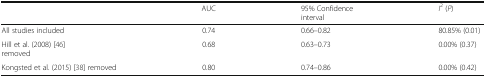
<table><thead><tr><td></td><td><b>AUC</b></td><td><b>95% Confidence interval</b></td><td><b><i>I</i><sup>2</sup> (<i>P</i>)</b></td></tr></thead><tbody><tr><td>All studies included</td><td>0.74</td><td>0.66–0.82</td><td>80.85% (0.01)</td></tr><tr><td>Hill et al. (2008) [46] removed</td><td>0.68</td><td>0.63–0.73</td><td>0.00% (0.37)</td></tr><tr><td>Kongsted et al. (2015) [38] removed</td><td>0.80</td><td>0.74–0.86</td><td>0.00% (0.42)</td></tr></tbody></table>